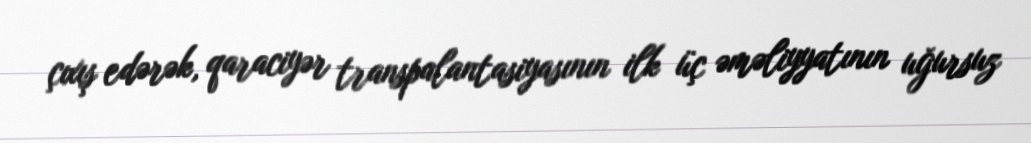
çıxış edərək, qaraciyər transpalantasiyasının ilk üç əməliyyatının uğursuz